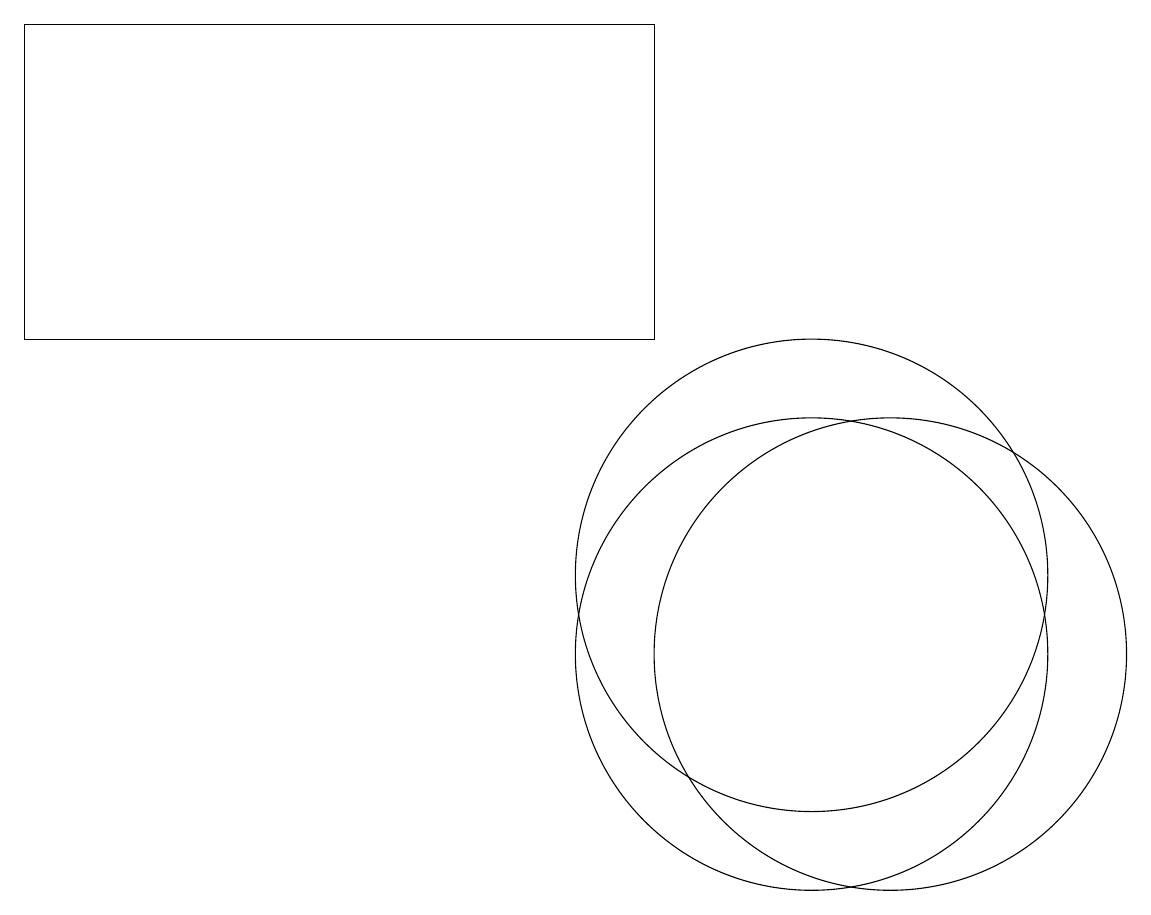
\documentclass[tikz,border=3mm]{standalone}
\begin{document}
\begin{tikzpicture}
\draw (11,11) circle (3);
\draw (1,19) rectangle (9,15);
\draw (11,12) circle (3);
\draw (12,11) circle (3);
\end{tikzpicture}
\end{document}